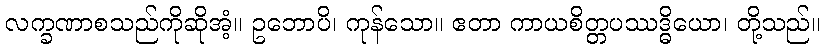
လက္ခဏာစသည်ကိုဆိုအံ့။ ဥဘောပိ၊ ကုန်သော။ ဧတာ ကာယစိတ္တပဿဒ္ဓိယော၊ တို့သည်။